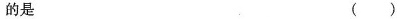
的是 ( )